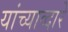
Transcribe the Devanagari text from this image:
यांच्याव्दारे